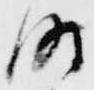
時